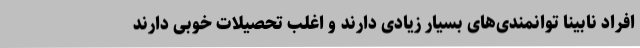
افراد نابینا توانمندی‌های بسیار زیادی دارند و اغلب تحصیلات خوبی دارند